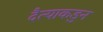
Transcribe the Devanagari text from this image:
दैत्याकडुन